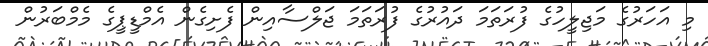
މި އަހަރުގެ މަޖިލީހުގެ ފުރަތަމަ ދައުރުގެ ފުރަތަމަ ޖަލްސާއިން ފެށިގެން އެމްޑީޕީގެ މެމްބަރުން